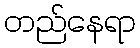
တည်နေရာ